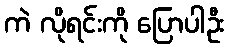
ကဲ လိုရင်းကို ပြောပါဦး